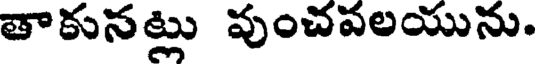
తాకునట్లు వుంచవలయును.